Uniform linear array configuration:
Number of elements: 4
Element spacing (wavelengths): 0.5
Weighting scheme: cosine
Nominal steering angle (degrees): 15
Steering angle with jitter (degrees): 14.963
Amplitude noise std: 0.05
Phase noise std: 0.05

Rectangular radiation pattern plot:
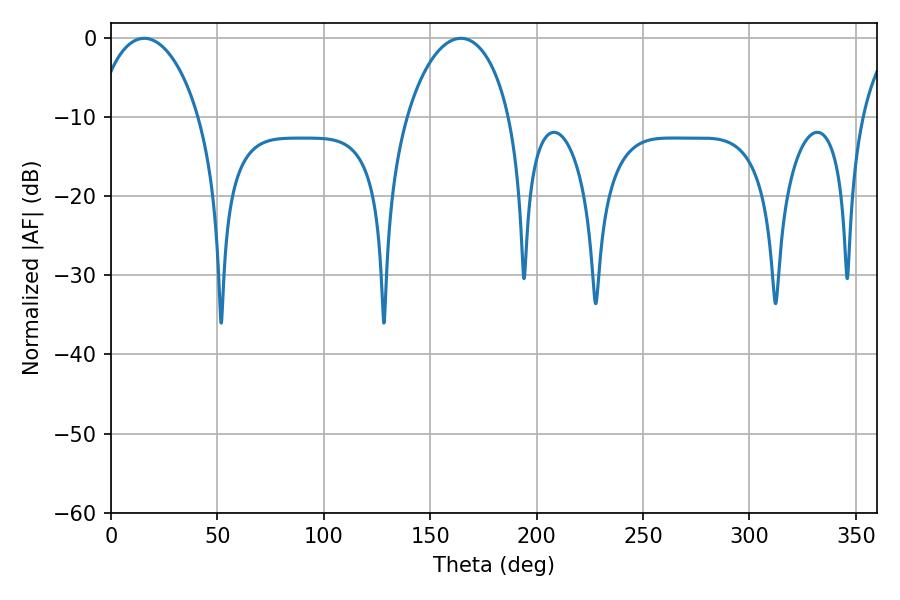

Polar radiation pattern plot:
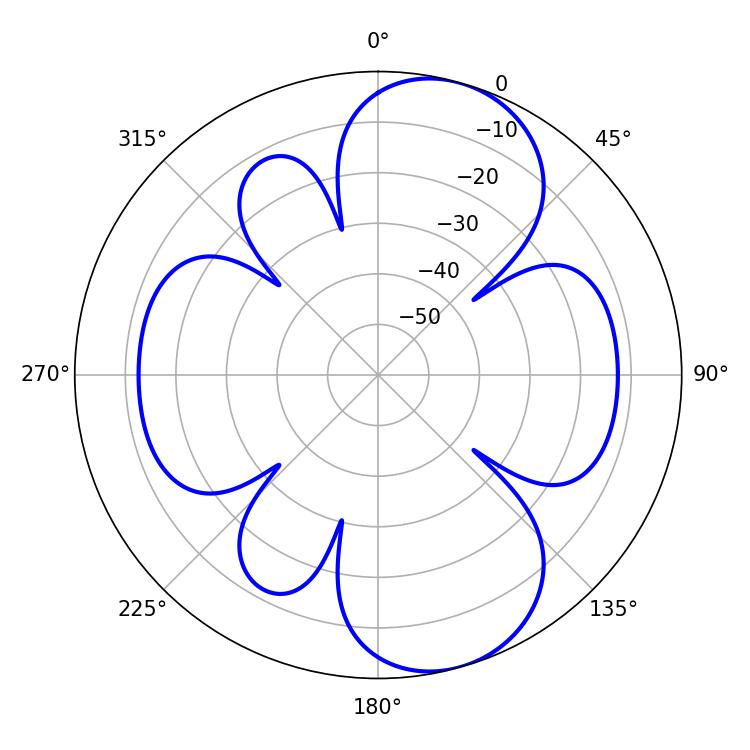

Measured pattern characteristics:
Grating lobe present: FALSE
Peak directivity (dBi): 8.907
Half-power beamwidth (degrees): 27.9
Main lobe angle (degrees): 15.66